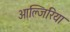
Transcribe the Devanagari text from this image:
आल्जिरिया